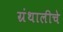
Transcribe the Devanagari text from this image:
ग्रंथालीचे